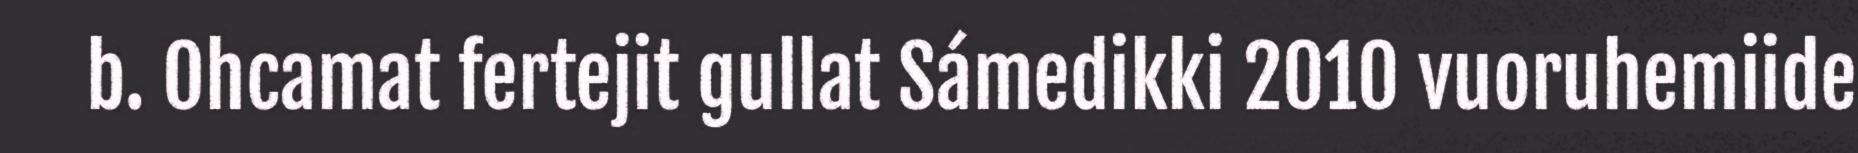
b. Ohcamat fertejit gullat Sámedikki 2010 vuoruhemiide